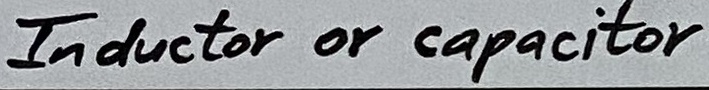
Text: Inductor or capacitor